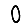
Digit: 0